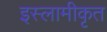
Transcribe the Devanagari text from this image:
इस्लामीकृत